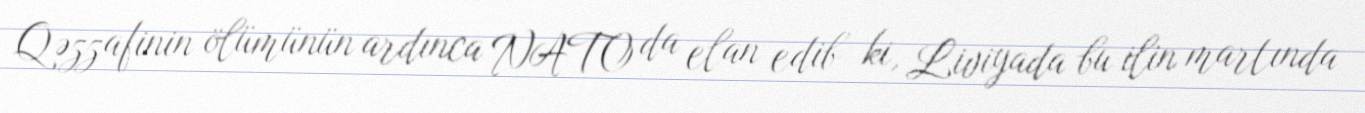
Qəzzafinin ölümünün ardınca NATO da elan edib ki, Liviyada bu ilin martında